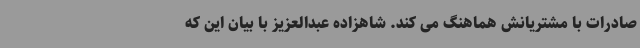
صادرات با مشتریانش هماهنگ می کند. شاهزاده عبدالعزیز با بیان این که